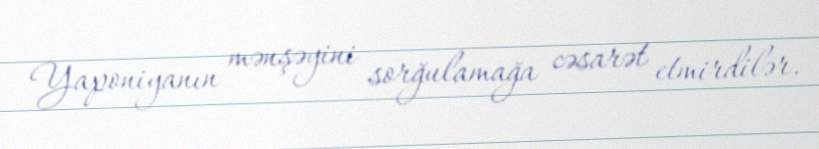
Yaponiyanın mənşəyini sorğulamağa cəsarət etmirdilər.